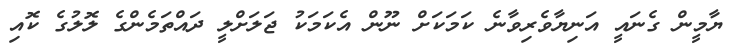
ޔާމީން ގެނައީ އަނިޔާވެރިވާނެ ކަމަކަށް ނޫން އެކަމަކު ޖަލަށްލީ ދައްތަމެންގެ ލޮލުގެ ކޮއި